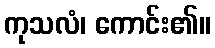
ကုသလံ၊ ကောင်း၏။